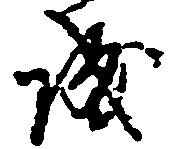
城